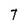
Character: T